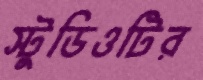
স্টুডিওটির